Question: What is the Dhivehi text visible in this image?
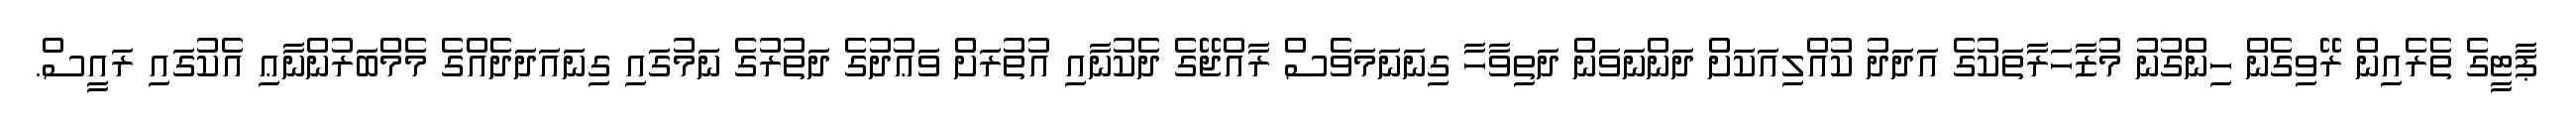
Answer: ޕާޓީގެ ތެރެއިން ރޭވިގެން ހިންގުނު މުޒާހަރާތަކުގެ އަދަދު ކުއްލިއަކަށް ދަންނަވަން ދަތިވާހާ ގިނަނަމަވެސް ރާއްޖޭގެ ދެކުނާއި އުތުރަށް ވަޢުދުގެ ދަތުރުގެ ނަމުގައި ގިނައަދަދެއްގެ މެމްބަރުންނާޢި އެކުގައި ރައީސް.